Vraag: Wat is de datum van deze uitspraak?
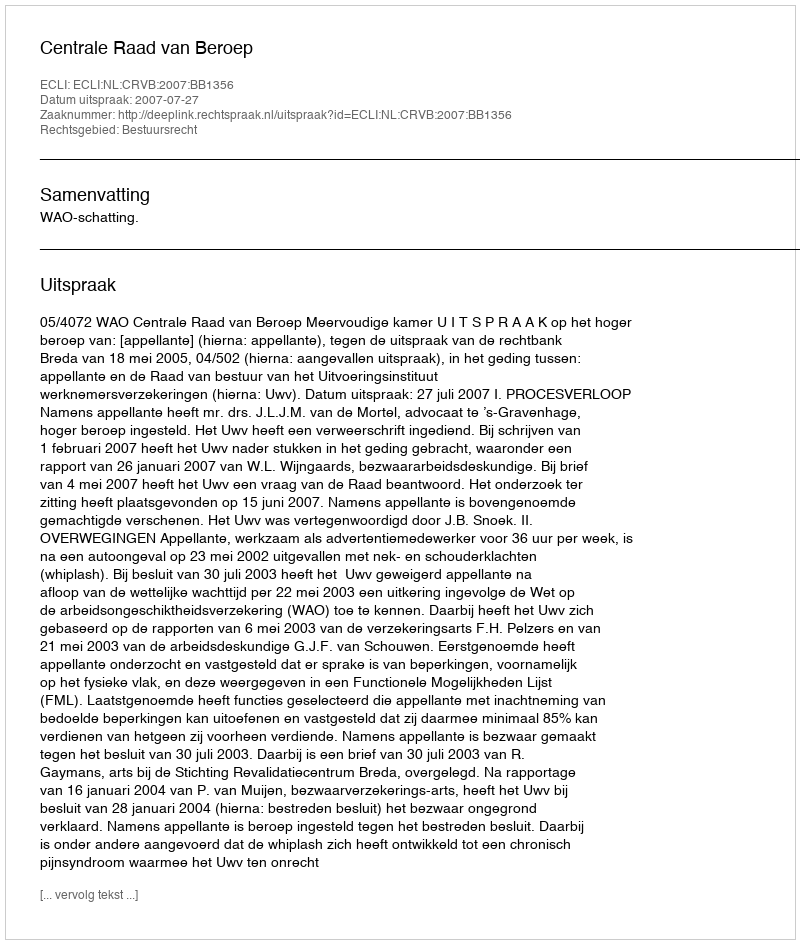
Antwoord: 2007-07-27